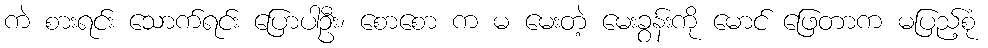
ကဲ စားရင်း သောက်ရင်း ပြောပါဦး၊ စောစော က မ မေးတဲ့ မေးခွန်းကို မောင် ဖြေတာက မပြည့်စုံ